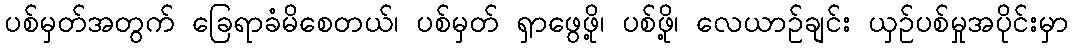
ပစ်မှတ်အတွက် ခြေရာခံမိစေတယ်၊ ပစ်မှတ် ရှာဖွေဖို့၊ ပစ်ဖို့၊ လေယာဉ်ချင်း ယှဉ်ပစ်မှုအပိုင်းမှာ